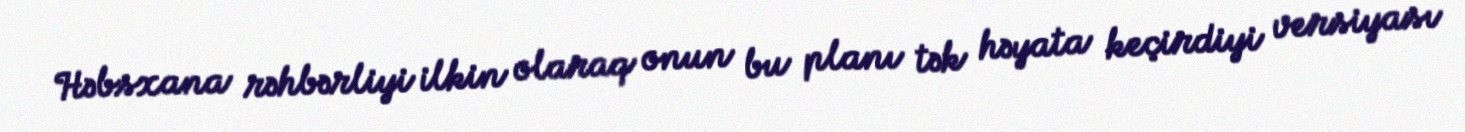
Həbsxana rəhbərliyi ilkin olaraq onun bu planı tək həyata keçirdiyi versiyası